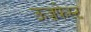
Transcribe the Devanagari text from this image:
ऊज़फेस्ट